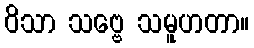
ဝိသာ သဗ္ဗေ သမူဟတာ။